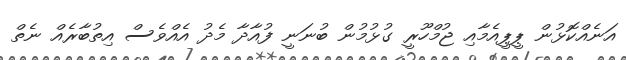
އަނެއްކޮޅުން ޕީޕީއެމާއި ޖުމްހޫރީ ގުޅުމުން ބުނަނީ ފުއާދާ މެދު އެއްވެސް އިތުބާރެއް ނެތް